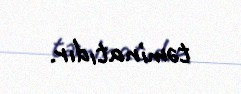
təminatıdır.